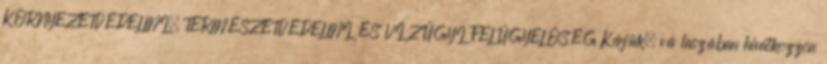
KÖRNYEZETVÉDELMI, TERMÉSZETVÉDELMI ÉS VÍZÜGYI FELÜGYELŐSÉG Kérjük, vá laszában hivatkozzon